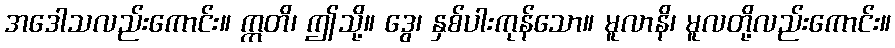
အဒေါသလည်းကောင်း။ ဣတိ၊ ဤသို့။ ဒွေ၊ နှစ်ပါးကုန်သော။ မူလာနိ၊ မူလတို့လည်းကောင်း။